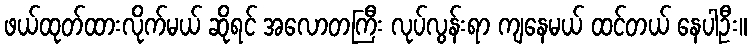
ဖယ်ထုတ်ထားလိုက်မယ် ဆိုရင် အလောတကြီး လုပ်လွန်းရာ ကျနေမယ် ထင်တယ် နေပါဦး။